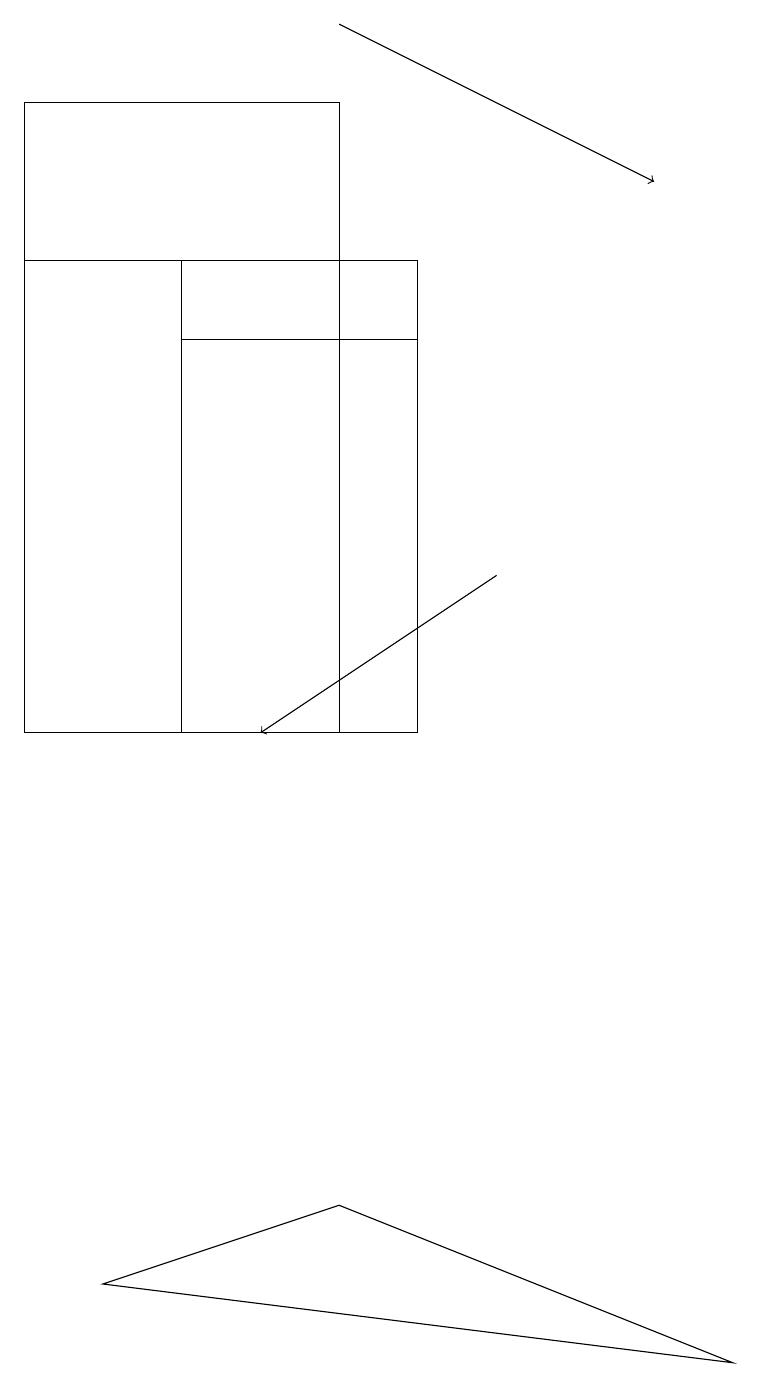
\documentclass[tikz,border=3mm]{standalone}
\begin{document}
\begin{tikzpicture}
\draw (0,10) rectangle (4,18);
\draw[->] (4,19) -- (8,17);
\draw[->] (6,12) -- (3,10);
\draw (4,16) rectangle (0,18);
\draw (1,3) -- (9,2) -- (4,4) -- cycle;
\draw (2,15) rectangle (5,16);
\draw (2,16) rectangle (5,10);
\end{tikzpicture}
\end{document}